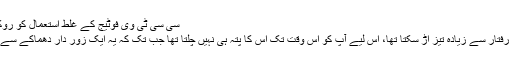
سی سی ٹی وی فوٹیج کے غلط استعمال کو روکنے کی استدعا
وی ٹُو آواز کی رفتار سے زیادہ تیز اڑ سکتا تھا، اس لیے آپ کو اس وقت تک اس کا پتہ ہی نہیں چلتا تھا جب تک کہ یہ ایک زور دار دھماکے سے پھٹ نہ جائے۔